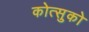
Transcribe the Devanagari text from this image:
कोत्सुको